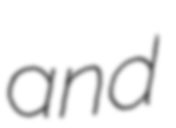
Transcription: and